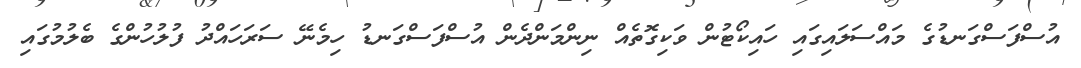
އުސްފަސްގަނޑުގެ މައްސަލައިގައި ހައިކޯޓުން ވަކިގޮތެއް ނިންމަންދެން އުސްފަސްގަނޑު ހިމެނޭ ސަރަހައްދު ފުލުހުންގެ ބެލުމުގައި